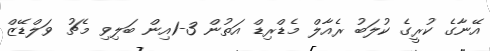
އޭނާގެ ކުރީގެ ކުލަބު ރެއާލް މެޑްރިޑް އަތުން 3-1އިން ބަލިވި މެޗު ވަލްޑޭޒް